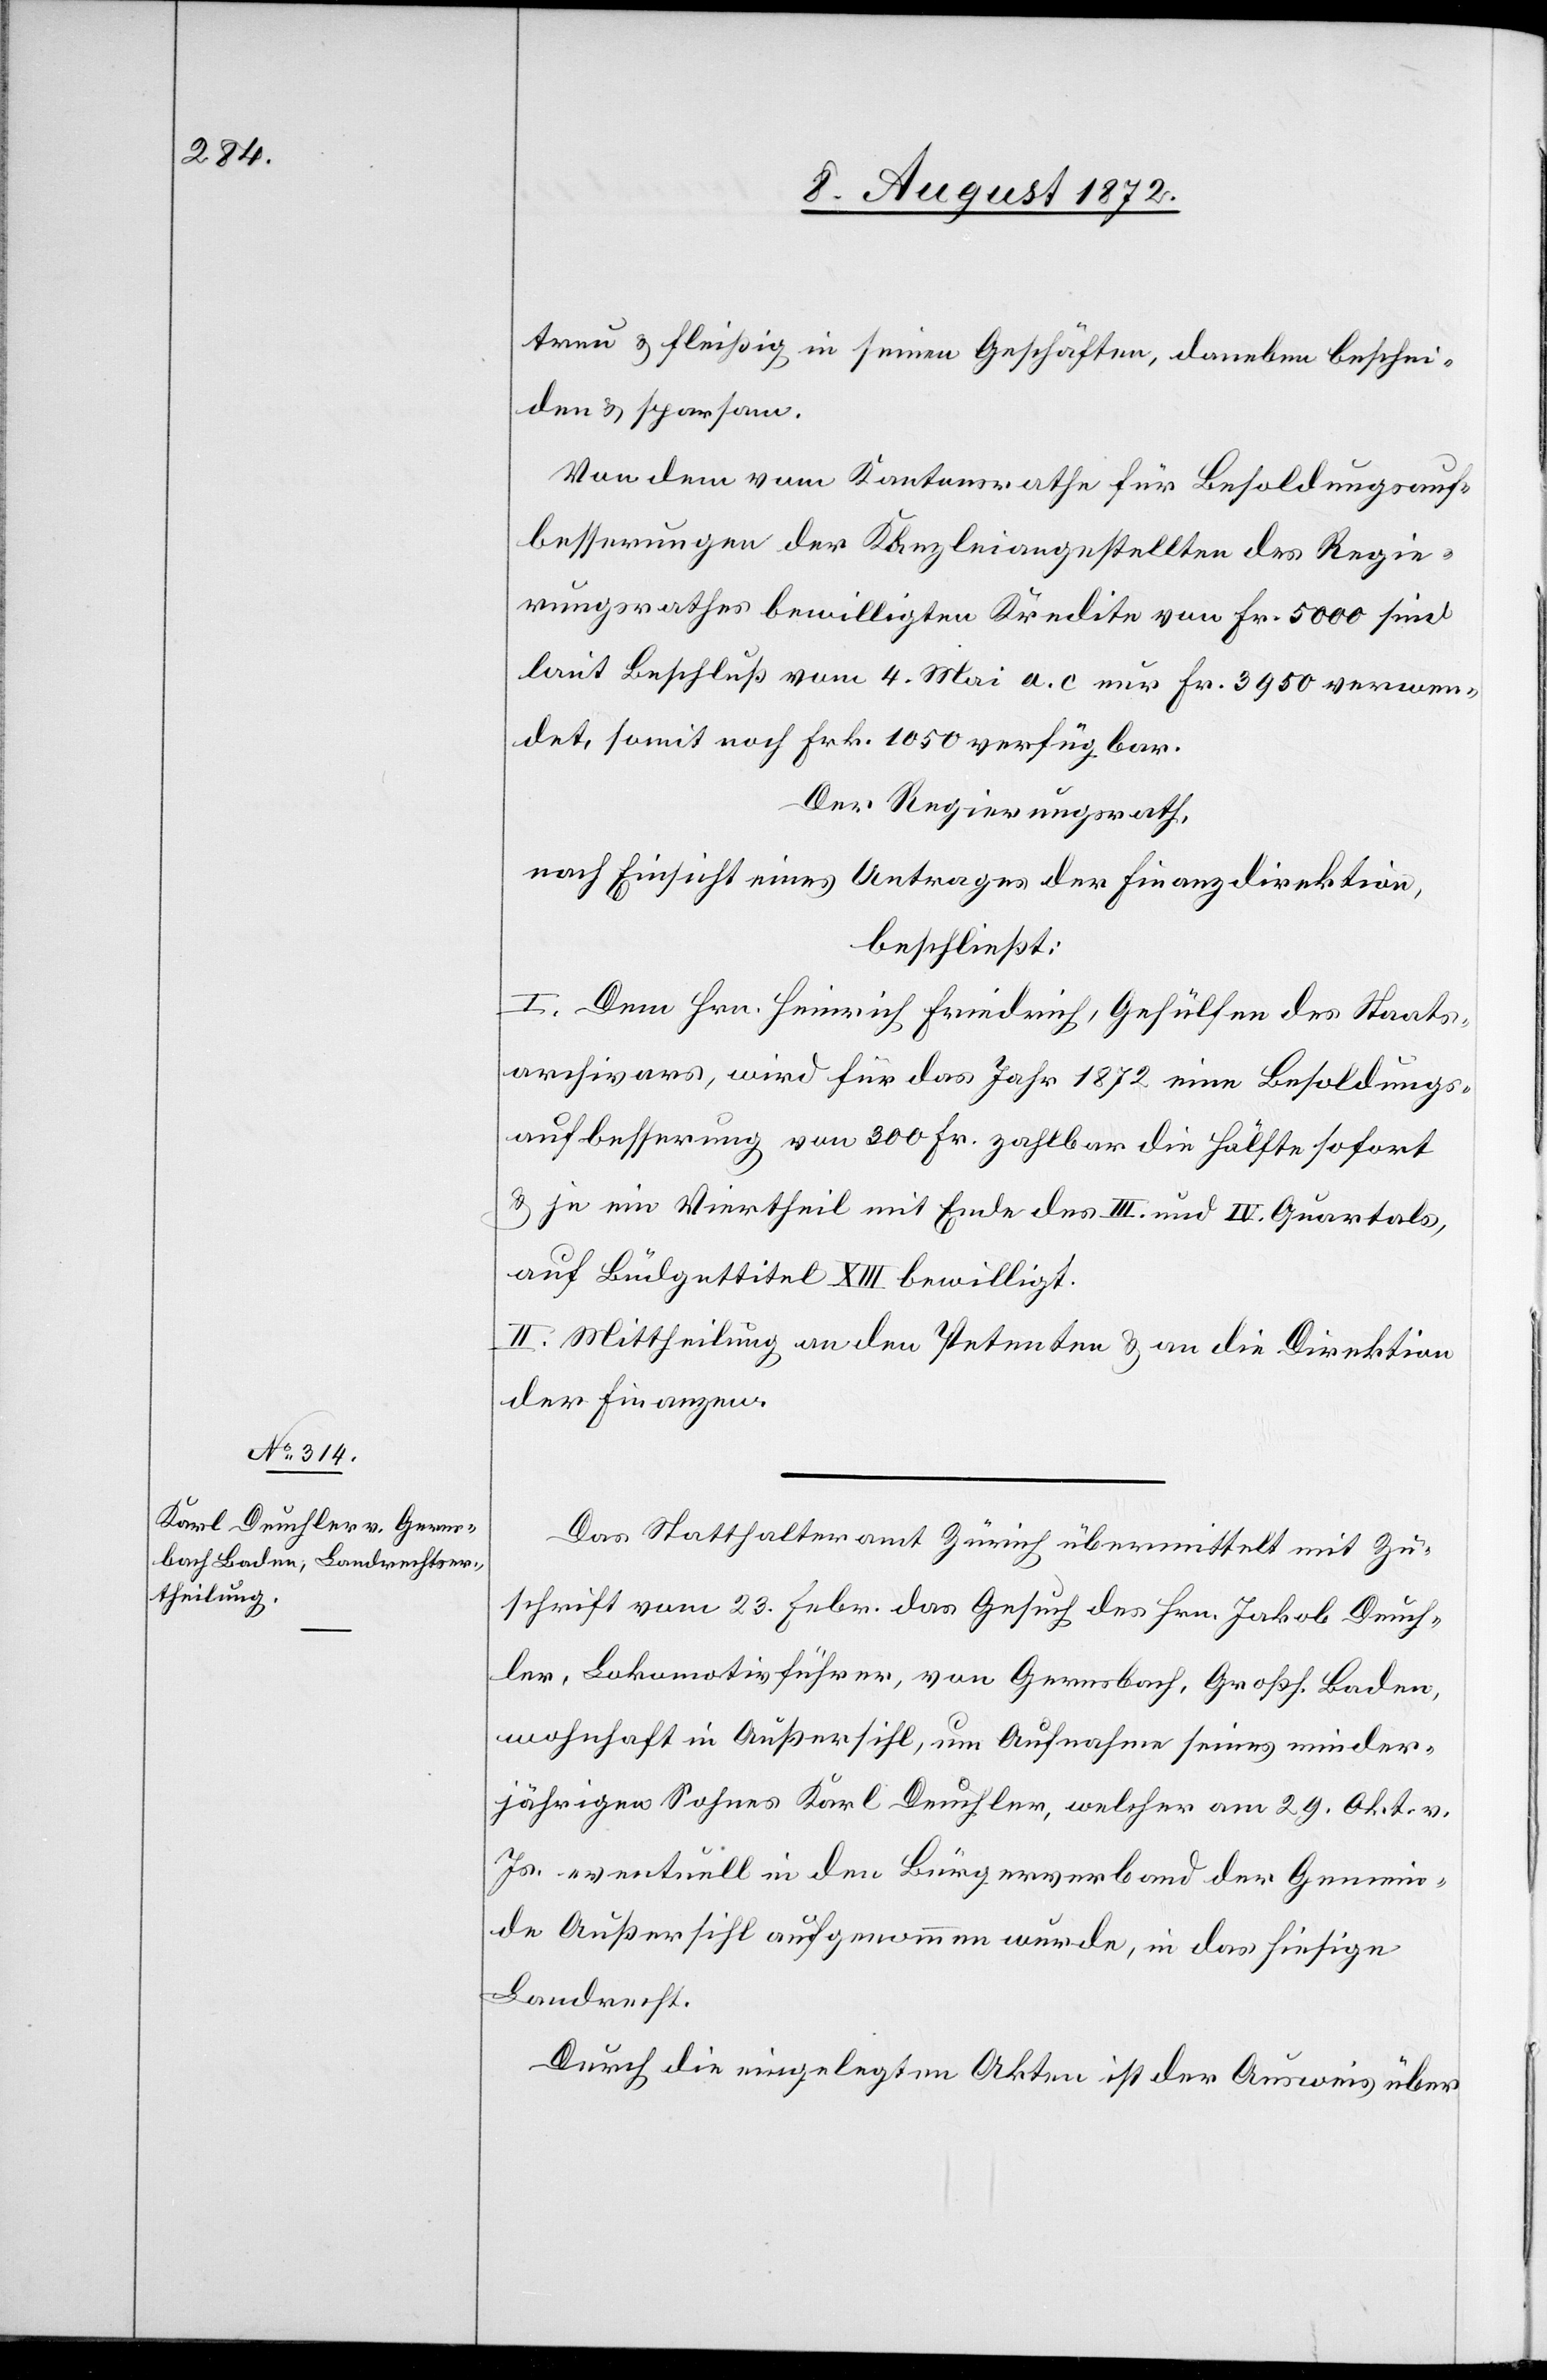
treu u. fleißig in seinen Geschäften, daneben beschei¬
den u. sparsam.
Von dem vom Kantonsrathe für Besoldungsauf¬
besserungen der Kanzleiangestellten des Regie¬
rungsrathes bewilligten Kredite von Fr. 5000 sind
laut Beschluß vom 4. Mai a. c. nur Fr. 3950 verwen¬
det, somit noch Frk. 1050 verfügbar.
Der Regierungsrath,
nach Einsicht eines Antrages der Finanzdirektion,
beschließt:
I. Dem Hrn. Heinrich Friedrich, Gehülfen des Staats¬
archivars, wird für das Jahr 1872 eine Besoldungs¬
aufbesserung von 300 Fr. zahlbar die Hälfte sofort
u. je ein Viertheil mit Ende des III. und IV. Quartals
auf Büdgettitel XIII. bewilligt.
II. Mittheilung an den Petenten u. an die Direktion
der Finanzen.
Das Statthalteramt Zürich übermittelt mit Zu¬
schrift vom 23. Febr. das Gesuch des Hrn. Jakob Deuch¬
ler, Lokomotivführer, von Gernsbach, Großh. Baden,
wohnhaft in Außersihl, um Aufnahme seines minder¬
jährigen Sohnes Karl Deuchler, welcher am 29. Okt. v.
Js. eventuell in den Bürgerverband der Gemein¬
de Außersihl aufgenommen wurde, in das hiesige
Landrecht.
Durch die eingelegten Akten ist der Ausweis über